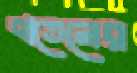
বাতেনের